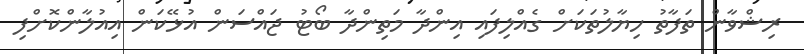
ރިޝްވާން ތަފާތު ހިޔާލުތަކަށް ގެއްލިފައި އިންދާ މަތިންދާ ބޯޓު ޖައްސަން އުޅޭކަން އިއުލާންކޮށްފި